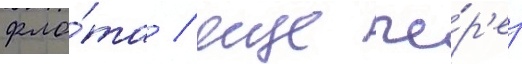
фло́та / еще че́р'ез